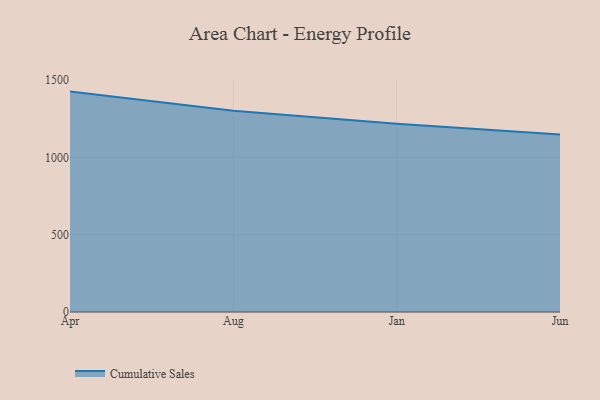
{"axis": {"x": "Month", "y": "Net Income (USD K)"}, "legend": ["Cumulative Sales"], "data": [{"x": "Apr", "y": 1425.4, "type": "Cumulative Sales"}, {"x": "Aug", "y": 1301.7, "type": "Cumulative Sales"}, {"x": "Jan", "y": 1217.2, "type": "Cumulative Sales"}, {"x": "Jun", "y": 1147.8, "type": "Cumulative Sales"}]}